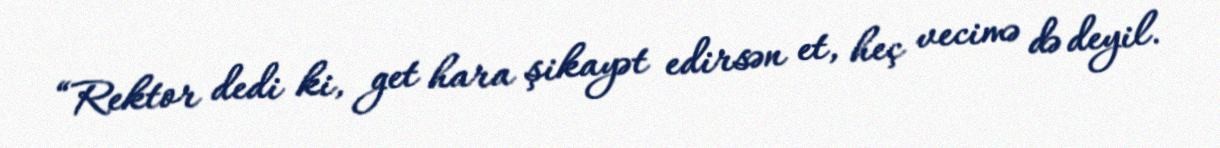
“Rektor dedi ki, get hara şikayət edirsən et, heç vecimə də deyil.